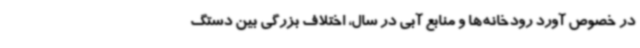
در خصوص آورد رودخانه‌ها و منابع آبی در سال، اختلاف بزرگی بین دستگ